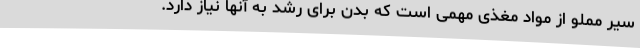
سیر مملو از مواد مغذی مهمی است که بدن برای رشد به آنها نیاز دارد.